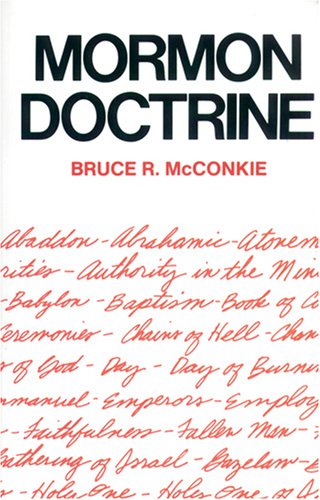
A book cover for Mormon Doctrine; Bruce R. McConkie; Christian Books & Bibles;